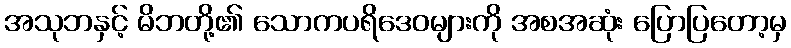
အသုဘနှင့် မိဘတို့၏ သောကပရိဒေဝများကို အစအဆုံး ပြောပြတော့မှ